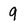
Character: 9